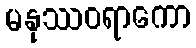
မနုဿဝရာကော